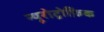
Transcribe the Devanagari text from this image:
न्यूरोट्रोफ़िक